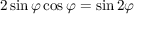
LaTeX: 2 \sin \varphi \cos \varphi = \sin 2 \varphi